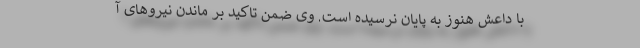
با داعش هنوز به پایان نرسیده است. وی ضمن تاکید بر ماندن نیروهای آ